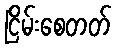
ငြိမ်းစေတတ်